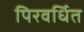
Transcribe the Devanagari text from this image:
पिरवर्धित